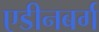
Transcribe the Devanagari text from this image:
एडीनबर्ग